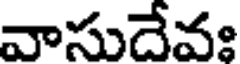
వాసుదేవః